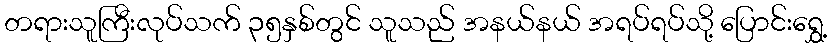
တရားသူကြီးလုပ်သက် ၃၅နှစ်တွင် သူသည် အနယ်နယ် အရပ်ရပ်သို့ ပြောင်းရွှေ့